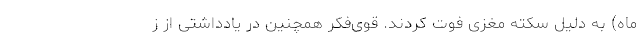
ماه) به دلیل سکته مغزی فوت کردند. قوی‌فکر همچنین در یادداشتی از ز